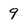
Character: 9